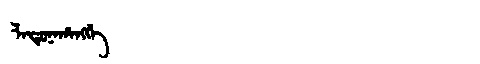
Manchu: ᠯᠠᡨᡠᠨᠠᡥᠠᠩᡤᡝ
Romanization: LATUNAHANGGE